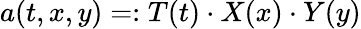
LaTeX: a(t,x,y)=:T(t)\cdot X(x)\cdot Y(y)